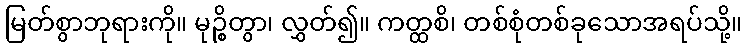
မြတ်စွာဘုရားကို။ မုဉ္စိတွာ၊ လွှတ်၍။ ကတ္ထစိ၊ တစ်စုံတစ်ခုသောအရပ်သို့။